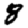
Digit: 8